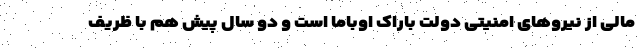
مالی از نیروهای امنیتی دولت باراک اوباما است و دو سال پیش هم با ظریف